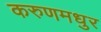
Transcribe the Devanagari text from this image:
करुणमधुर